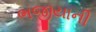
ભજીયાની